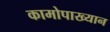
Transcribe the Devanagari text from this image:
कामोपाख्यान